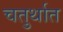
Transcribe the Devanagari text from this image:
चतुर्थात